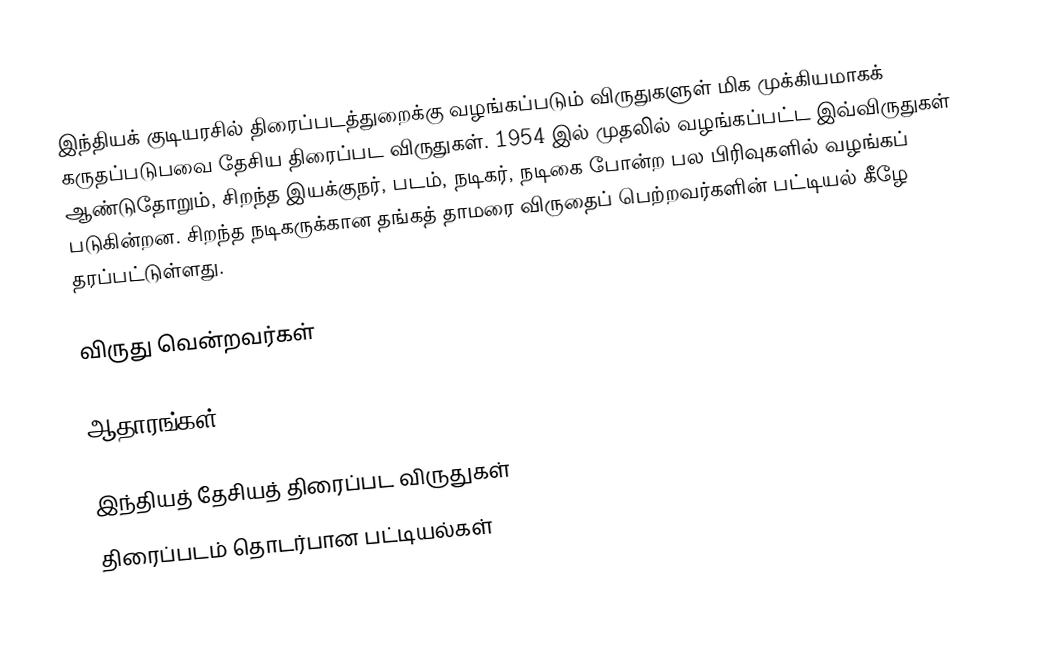
இந்தியக் குடியரசில் திரைப்படத்துறைக்கு வழங்கப்படும் விருதுகளுள் மிக முக்கியமாகக் கருதப்படுபவை தேசிய திரைப்பட விருதுகள். 1954 இல் முதலில் வழங்கப்பட்ட இவ்விருதுகள் ஆண்டுதோறும், சிறந்த இயக்குநர், படம், நடிகர், நடிகை போன்ற பல பிரிவுகளில் வழங்கப் படுகின்றன. சிறந்த நடிகருக்கான தங்கத் தாமரை விருதைப் பெற்றவர்களின் பட்டியல் கீழே தரப்பட்டுள்ளது.

விருது வென்றவர்கள்

ஆதாரங்கள்

இந்தியத் தேசியத் திரைப்பட விருதுகள்
திரைப்படம் தொடர்பான பட்டியல்கள்